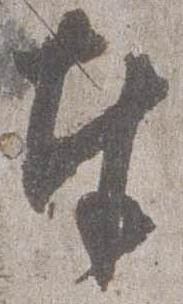
奉